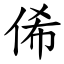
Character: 俙